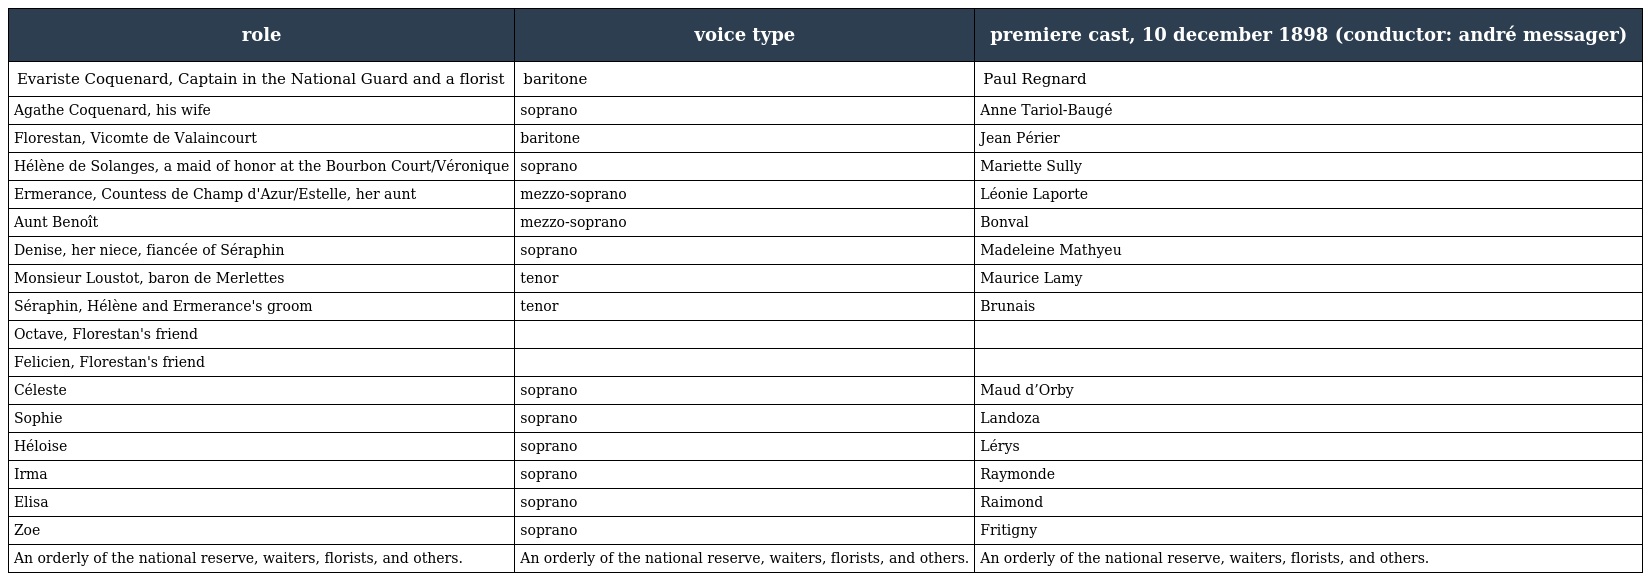
| role | voice type | premiere cast, 10 december 1898 (conductor: andré messager) |
 | --- | --- | --- |
 | Evariste Coquenard, Captain in the National Guard and a florist | baritone | Paul Regnard |
 | Agathe Coquenard, his wife | soprano | Anne Tariol-Baugé |
 | Florestan, Vicomte de Valaincourt | baritone | Jean Périer |
 | Hélène de Solanges, a maid of honor at the Bourbon Court/Véronique | soprano | Mariette Sully |
 | Ermerance, Countess de Champ d'Azur/Estelle, her aunt | mezzo-soprano | Léonie Laporte |
 | Aunt Benoît | mezzo-soprano | Bonval |
 | Denise, her niece, fiancée of Séraphin | soprano | Madeleine Mathyeu |
 | Monsieur Loustot, baron de Merlettes | tenor | Maurice Lamy |
 | Séraphin, Hélène and Ermerance's groom | tenor | Brunais |
 | Octave, Florestan's friend |  |  |
 | Felicien, Florestan's friend |  |  |
 | Céleste | soprano | Maud d’Orby |
 | Sophie | soprano | Landoza |
 | Héloise | soprano | Lérys |
 | Irma | soprano | Raymonde |
 | Elisa | soprano | Raimond |
 | Zoe | soprano | Fritigny |
 | An orderly of the national reserve, waiters, florists, and others. | An orderly of the national reserve, waiters, florists, and others. | An orderly of the national reserve, waiters, florists, and others. |